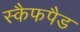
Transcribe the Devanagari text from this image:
स्कैफपैड